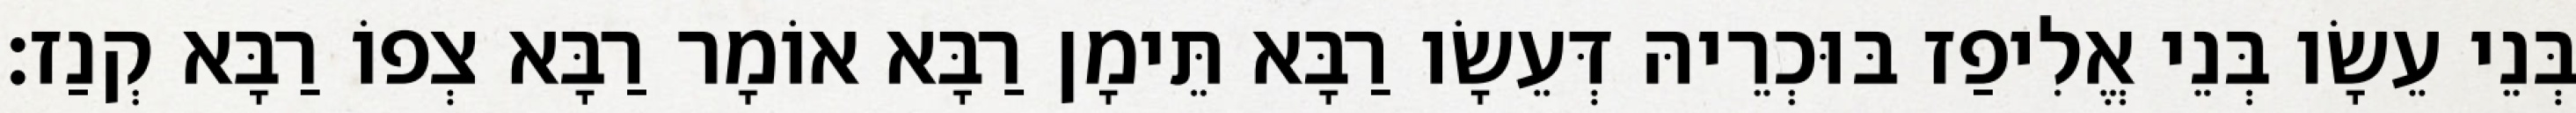
בְּנֵי עֵשָׂו בְּנֵי אֱלִיפַז בּוּכְרֵיהּ דְּעֵשָׂו רַבָּא תֵּימָן רַבָּא אוֹמָר רַבָּא צְפוֹ רַבָּא קְנַז׃